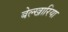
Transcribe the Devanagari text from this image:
बेल्खारिया